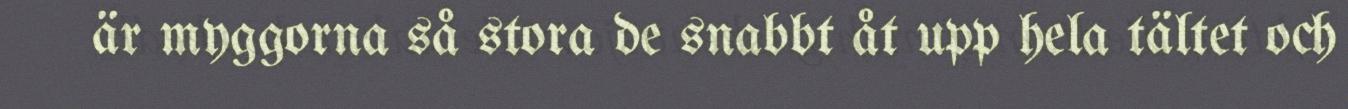
är myggorna så stora de snabbt åt upp hela tältet och